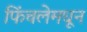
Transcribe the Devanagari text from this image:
फिंचलेमधून